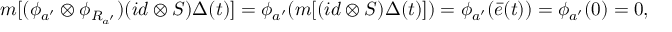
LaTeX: m [ ( \phi _ { a ^ { \prime } } \otimes \phi _ { R _ { a ^ { \prime } } } ) ( i d \otimes S ) \Delta ( t ) ] = \phi _ { a ^ { \prime } } ( m [ ( i d \otimes S ) \Delta ( t ) ] ) = \phi _ { a ^ { \prime } } ( \bar { e } ( t ) ) = \phi _ { a ^ { \prime } } ( 0 ) = 0 ,